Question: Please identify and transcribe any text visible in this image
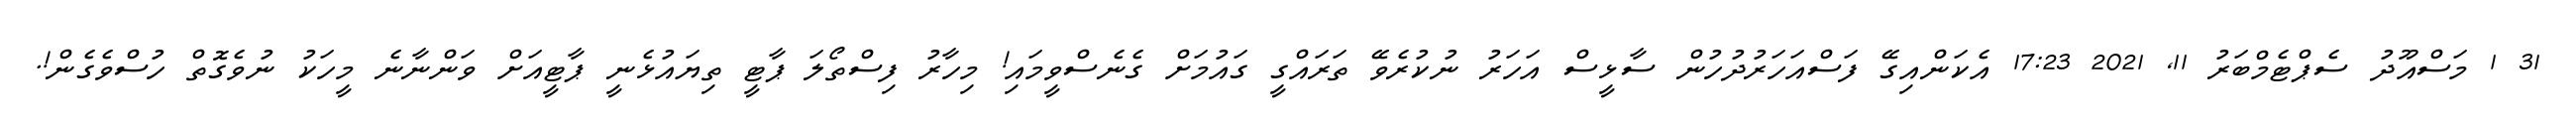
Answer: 31 1 މަސްއޫދު ސެޕްޓެމްބަރު 11, 2021 17:23 އެކަންއިގޭ ފަސްއަހަރުދުހުން ސާޅީސް އަހަރު ނުކުރެވޭ ތަރައްގީ ގައުމަށް ގެނެސްވީމައި! މިހާރު ފިސްތޯލަ ޕާޓީ ތިޔައުޅެނީ ޕާޓީއަށް ވަންނާނެ މީހަކު ނުވެގޮތް ހުސްވެގެން!.